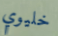
خليوي